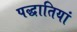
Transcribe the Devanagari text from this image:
पद्धातियां